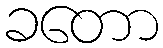
ခတော